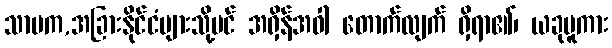
သာမက,အခြားနိုင်ငံများသို့ပင် အရှိန်အဝါ တောက်လျက် ရှိရာ၏၊ ယခုမူကား